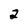
Character: 2